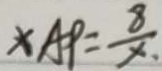
x A P = \frac { 8 } { x }